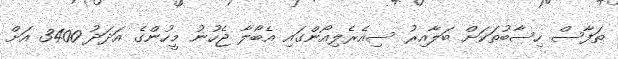
ތަފާސް ހިސާބުތަކަށް ބަލާއިރު ސިއެރެލިއޯންގައި އެބޯލާ ޖެހުނު މީހުންގެ އަދަދު 3400 އަށް